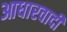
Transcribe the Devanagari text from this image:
आधारवादी